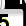
Digit: 5